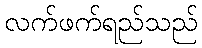
လက်ဖက်ရည်သည်